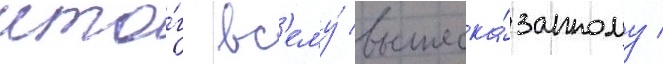
ито́г вс'ему́ вышеска́занному /